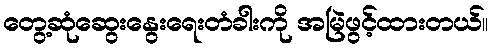
တွေ့ဆုံဆွေးနွေးရေးတံခါးကို အမြဲဖွင့်ထားတယ်။